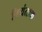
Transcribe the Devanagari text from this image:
नियंताक